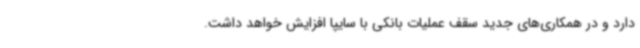
دارد و در همکاری‌های جدید سقف عملیات بانکی با سایپا افزایش خواهد داشت.